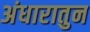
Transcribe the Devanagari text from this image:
अंधारातुन